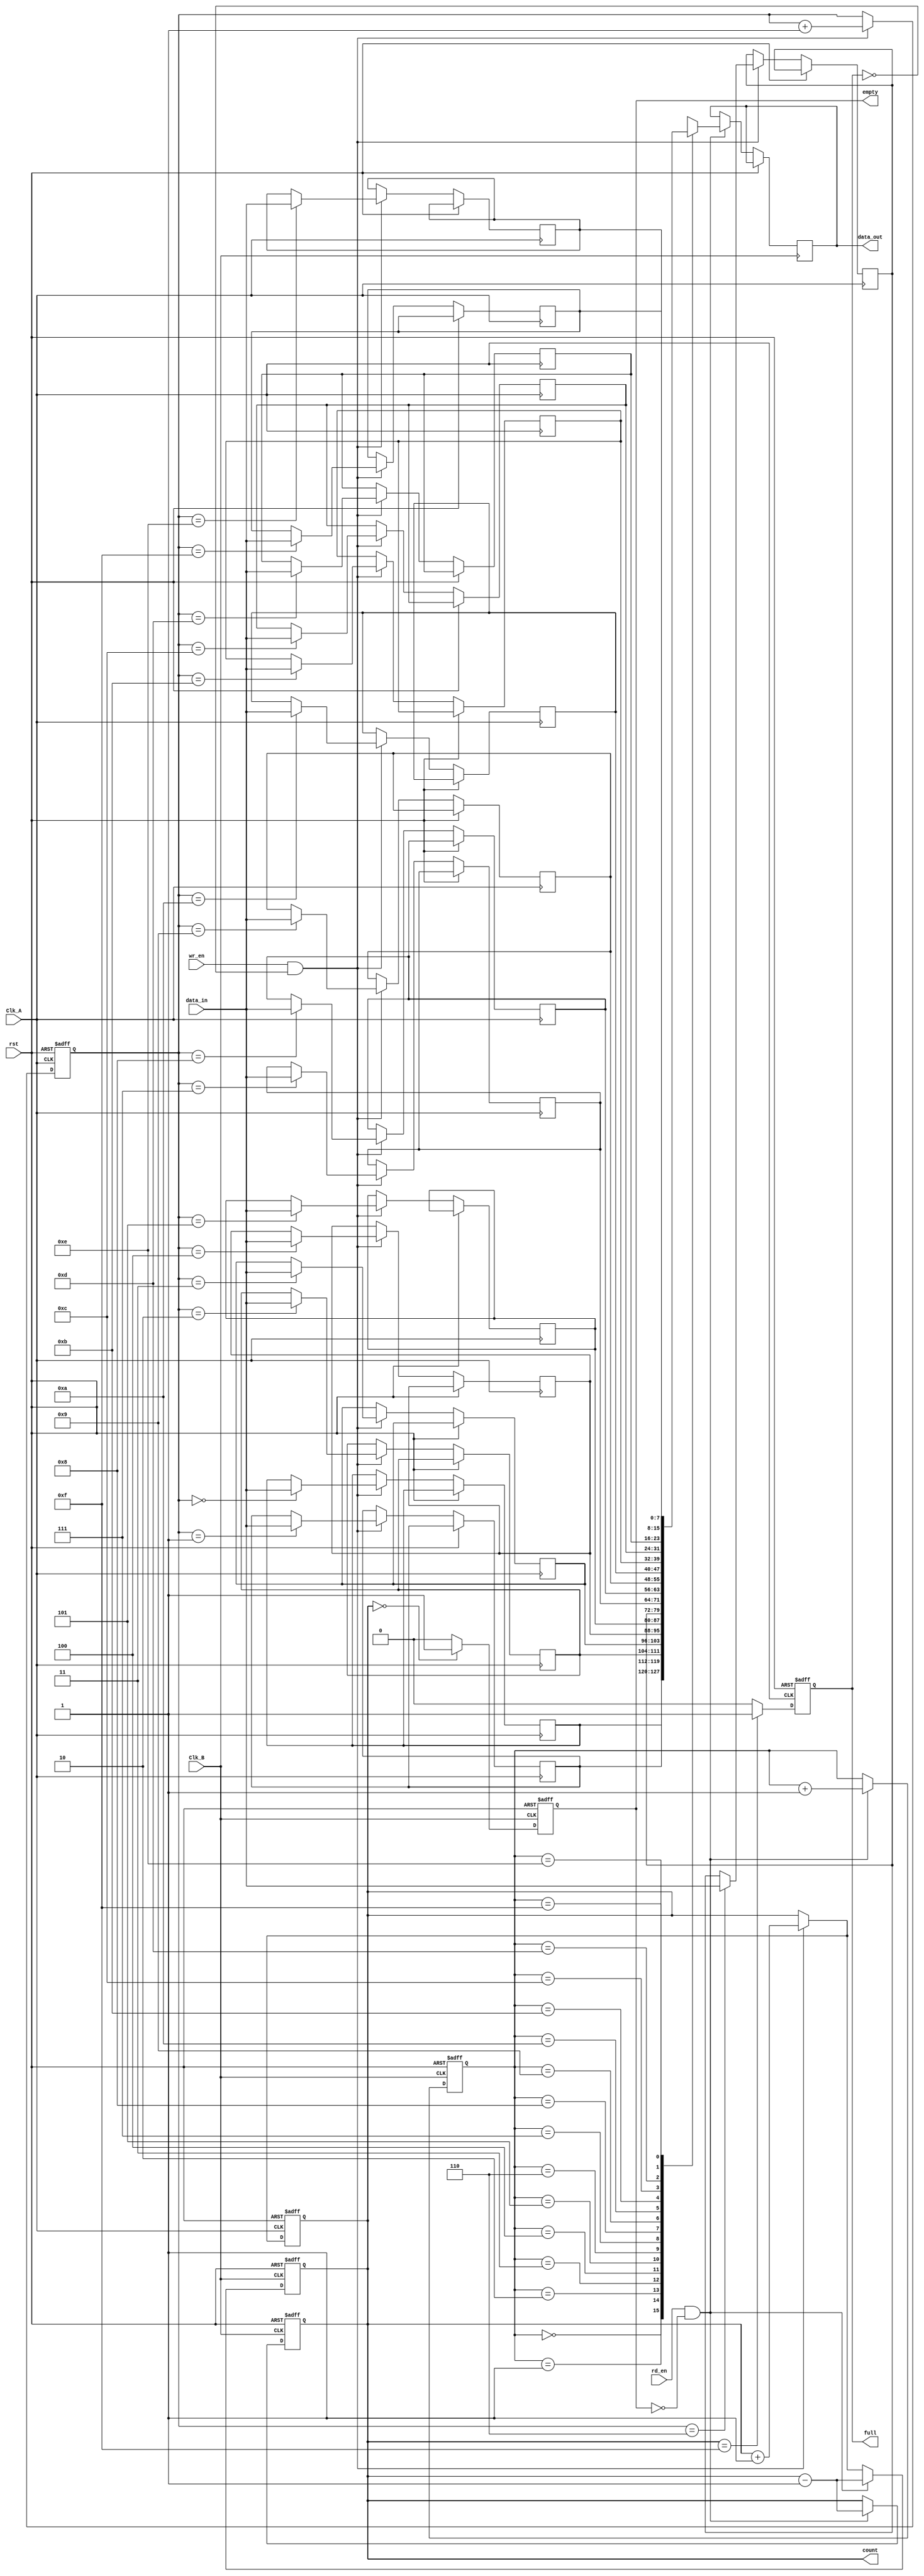
module fifo_synchronizer #(
    parameter DATA_WIDTH = 8,
    parameter FIFO_DEPTH = 16
)(
    input wire Clk_A,           // Source clock
    input wire Clk_B,           // Destination clock
    input wire rst,             // Asynchronous reset
    input wire wr_en,           // Write enable signal
    input wire rd_en,           // Read enable signal
    input wire [DATA_WIDTH-1:0] data_in, // Data input
    output reg [DATA_WIDTH-1:0] data_out, // Data output
    output reg full,            // FIFO full flag
    output reg empty,           // FIFO empty flag
    output reg [3:0] count      // Number of elements in FIFO
);

// FIFO memory
reg [DATA_WIDTH-1:0] fifo_mem[FIFO_DEPTH-1:0];

// Write pointer and read pointer
reg [3:0] wr_ptr;
reg [3:0] rd_ptr;

// Write Logic
always @(posedge Clk_A or posedge rst) begin
    if (rst) begin
        wr_ptr <= 0;
        full <= 0;
        count <= 0;
    end else begin
        if (wr_en && !full) begin
            fifo_mem[wr_ptr] <= data_in;
            wr_ptr <= wr_ptr + 1;
            count <= count + 1;
        end
        if (count == FIFO_DEPTH - 1)
            full <= 1;
        else
            full <= 0;
    end
end

// Read Logic
always @(posedge Clk_B or posedge rst) begin
    if (rst) begin
        rd_ptr <= 0;
        empty <= 1;
        count <= 0;
    end else begin
        if (rd_en && !empty) begin
            data_out <= fifo_mem[rd_ptr];
            rd_ptr <= rd_ptr + 1;
            count <= count - 1;
        end
        if (count == 0)
            empty <= 1;
        else
            empty <= 0;
    end
end

// Synchronizing the count for the read domain
always @(posedge Clk_B or posedge rst) begin
    if (rst) begin
        count <= 0;
    end else begin
        if (wr_en && !full) begin
            count <= count + 1;
        end
        if (rd_en && !empty) begin
            count <= count - 1;
        end
    end
end

endmodule